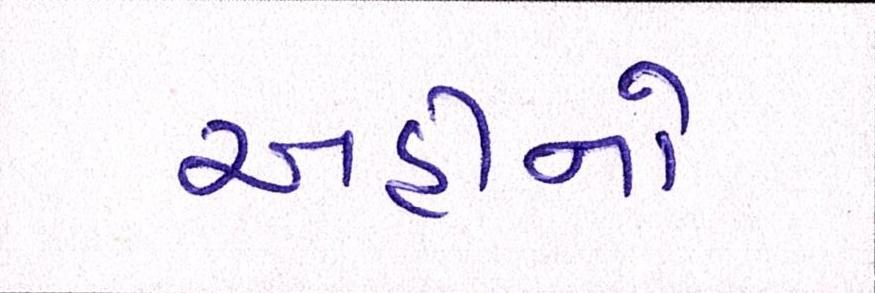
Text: અહીંનો